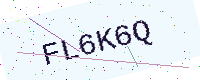
Text: FL6K6Q